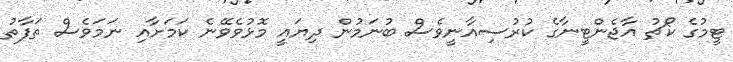
ޓީމުގެ ކޯޗު އާޖެންޓީނާގެ ކުރުސިއާނީވެސް ބުނަމުން ދިޔައީ މޮޅުވެވޭނެ ކަމަށާއި ނަމަވެސް ތަފާތު